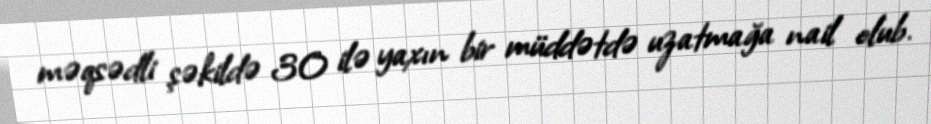
məqsədli şəkildə 30 ilə yaxın bir müddətdə uzatmağa nail olub.